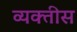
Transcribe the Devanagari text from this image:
व्यक्‍तीस